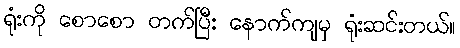
ရုံးကို စောစော တက်ပြီး နောက်ကျမှ ရုံးဆင်းတယ်။